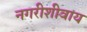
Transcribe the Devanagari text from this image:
नगरीशीवाय